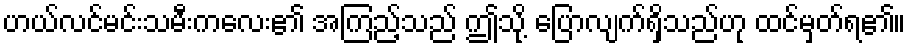
ဟယ်လင်မင်းသမီးကလေး၏ အကြည့်သည် ဤသို့ ပြောလျက်ရှိသည်ဟု ထင်မှတ်ရ၏။